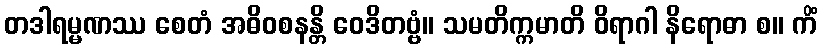
တဒါရမ္မဏဿ စေတံ အဓိဝစနန္တိ ဝေဒိတဗ္ဗံ။ သမတိက္ကမာတိ ဝိရာဂါ နိရောဓာ စ။ ကိံ